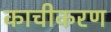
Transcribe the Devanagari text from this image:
काचीकरण